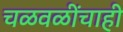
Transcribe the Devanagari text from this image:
चळवळींचाही